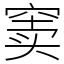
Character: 窦